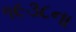
૧૯૩૮ના